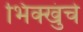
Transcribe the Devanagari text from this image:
भिक्खुंचे